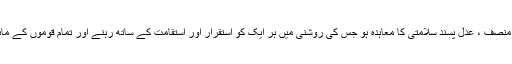
لیکن ضرورى ہے کہ ہمارے پاس ایک ایسا منصف ، عدل پسند سلامتى کا معاہده ہو جس کى روشنى میں ہر ایک کو استقرار اور استقامت کے ساتھ رہنے اور تمام قوموں کے مابین طبعى تعلقات بحال کرنے کى ضمانت ہو۔